38_143685_box_Incident_Summaries_173-233
Agency: Department of War
Page 53
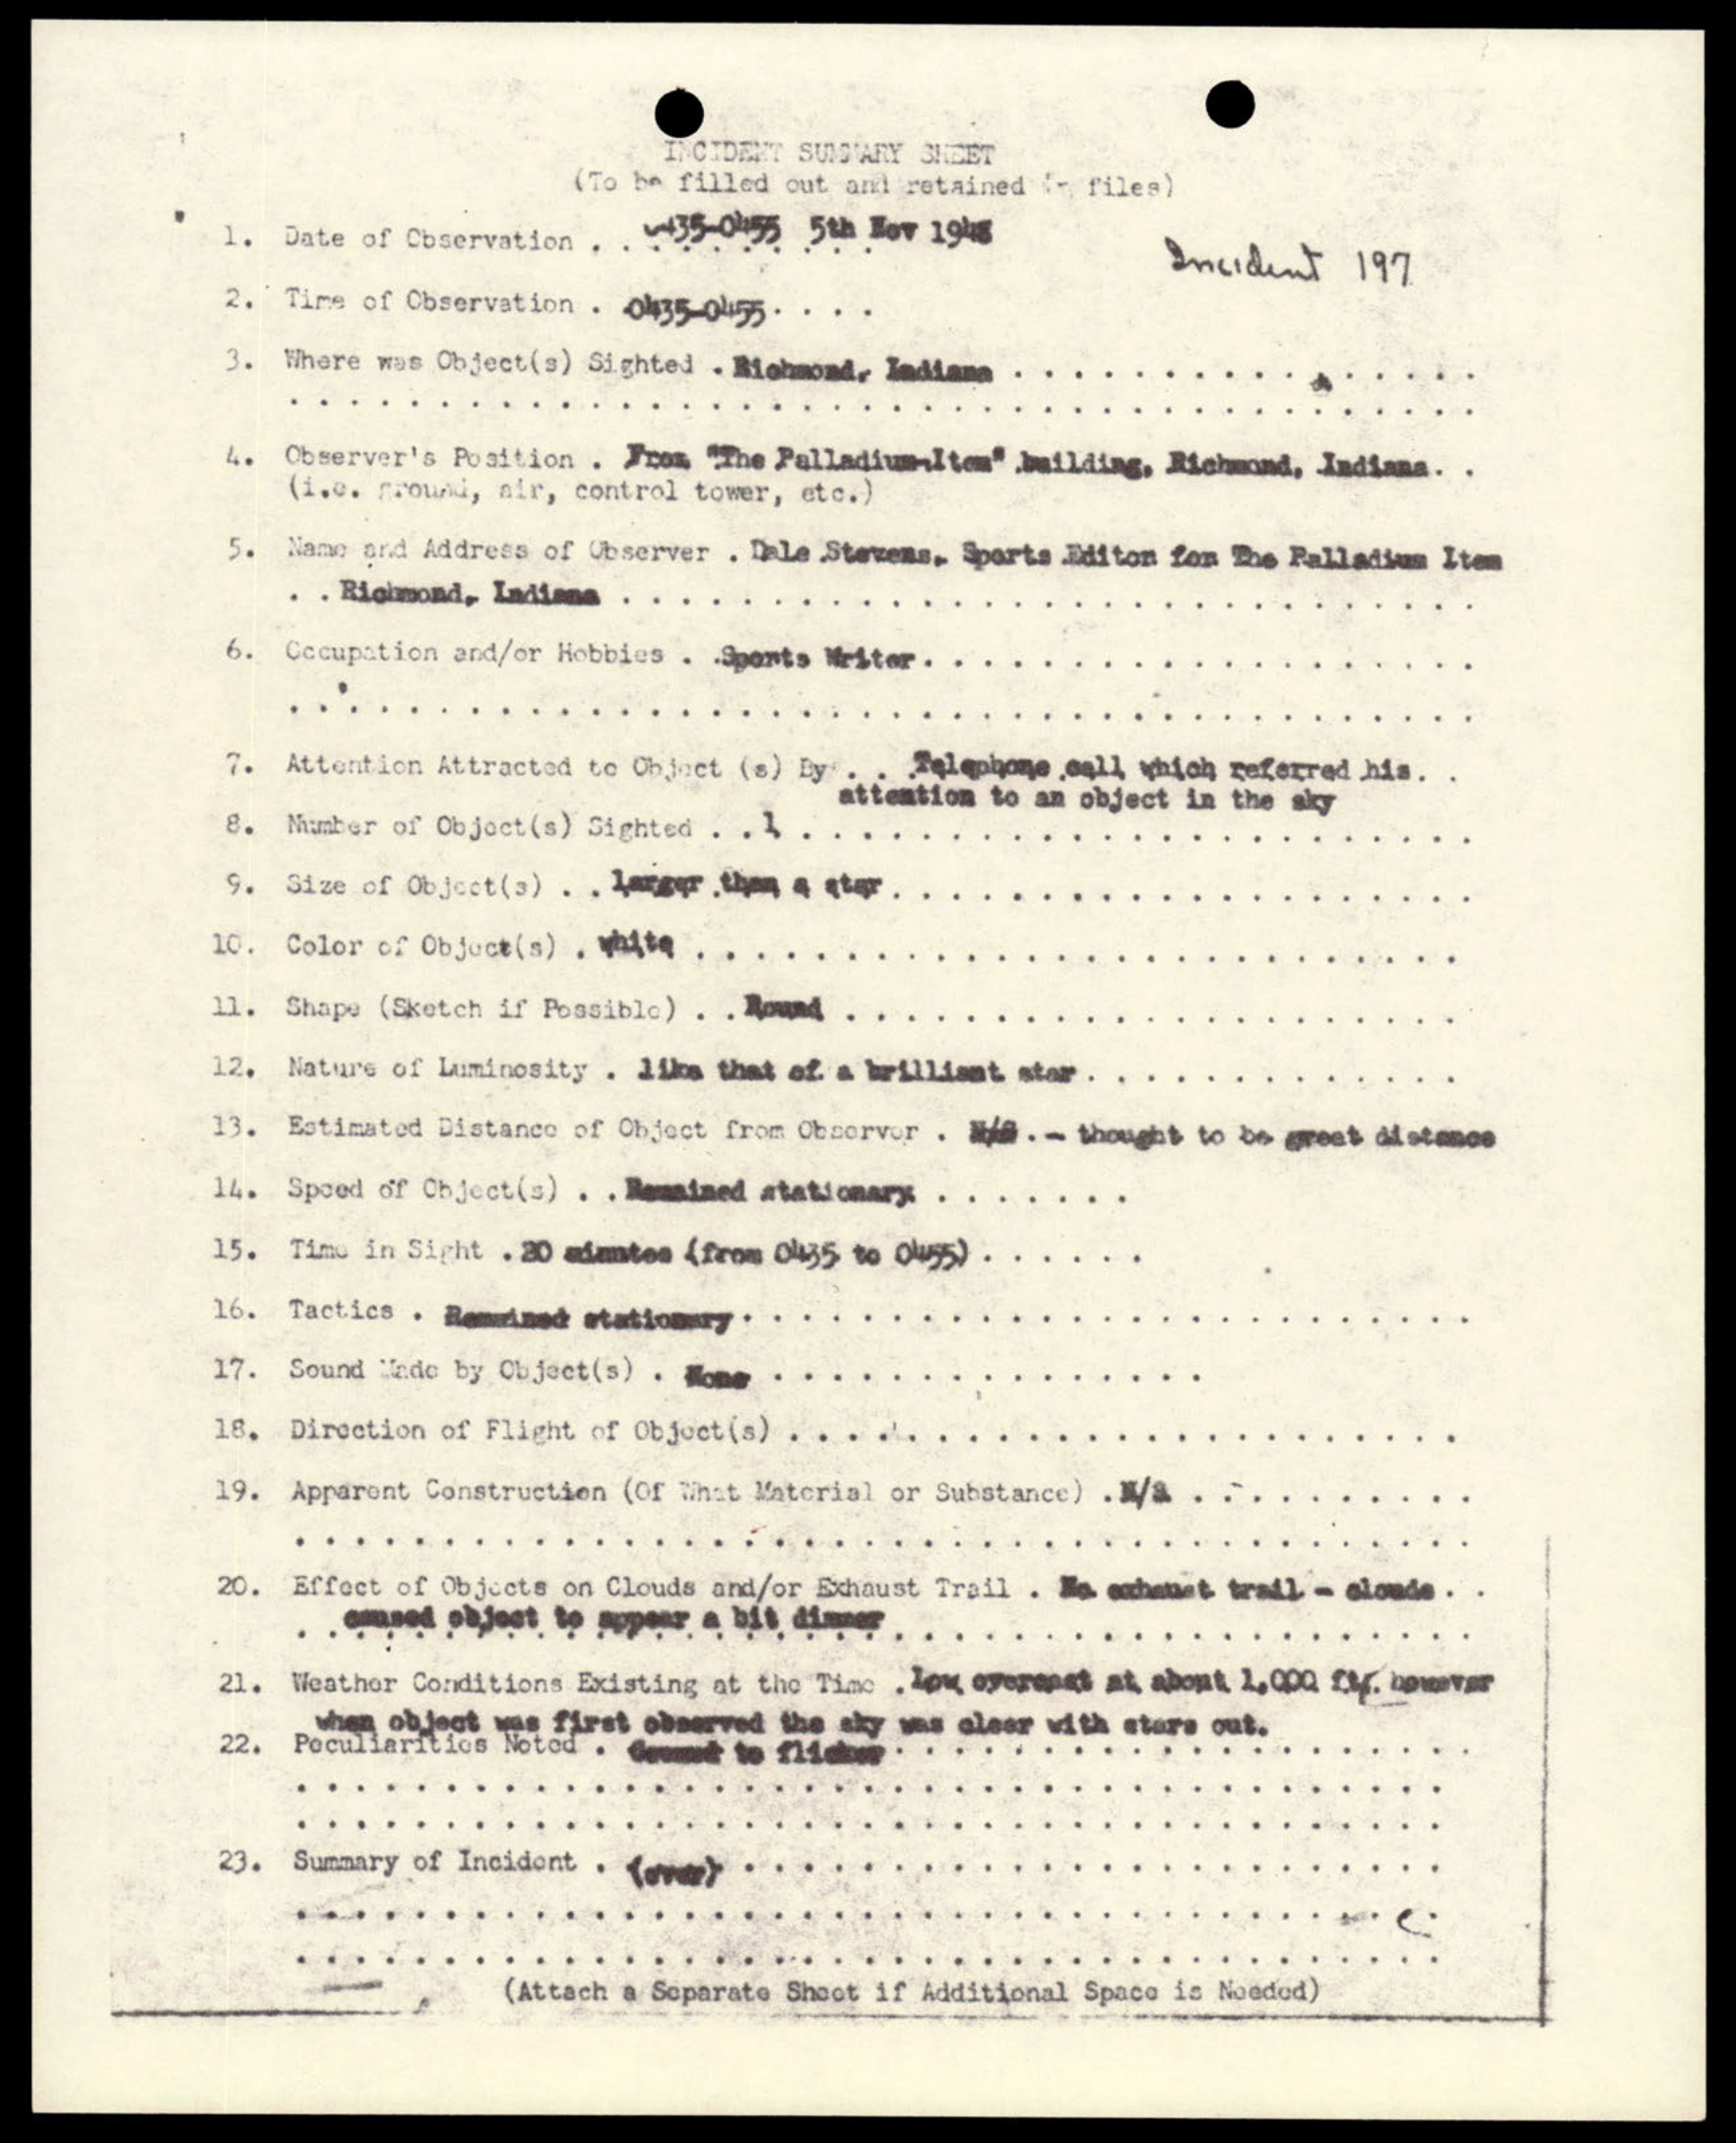